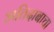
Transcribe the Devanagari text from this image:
अतिदाबाचा